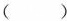
()